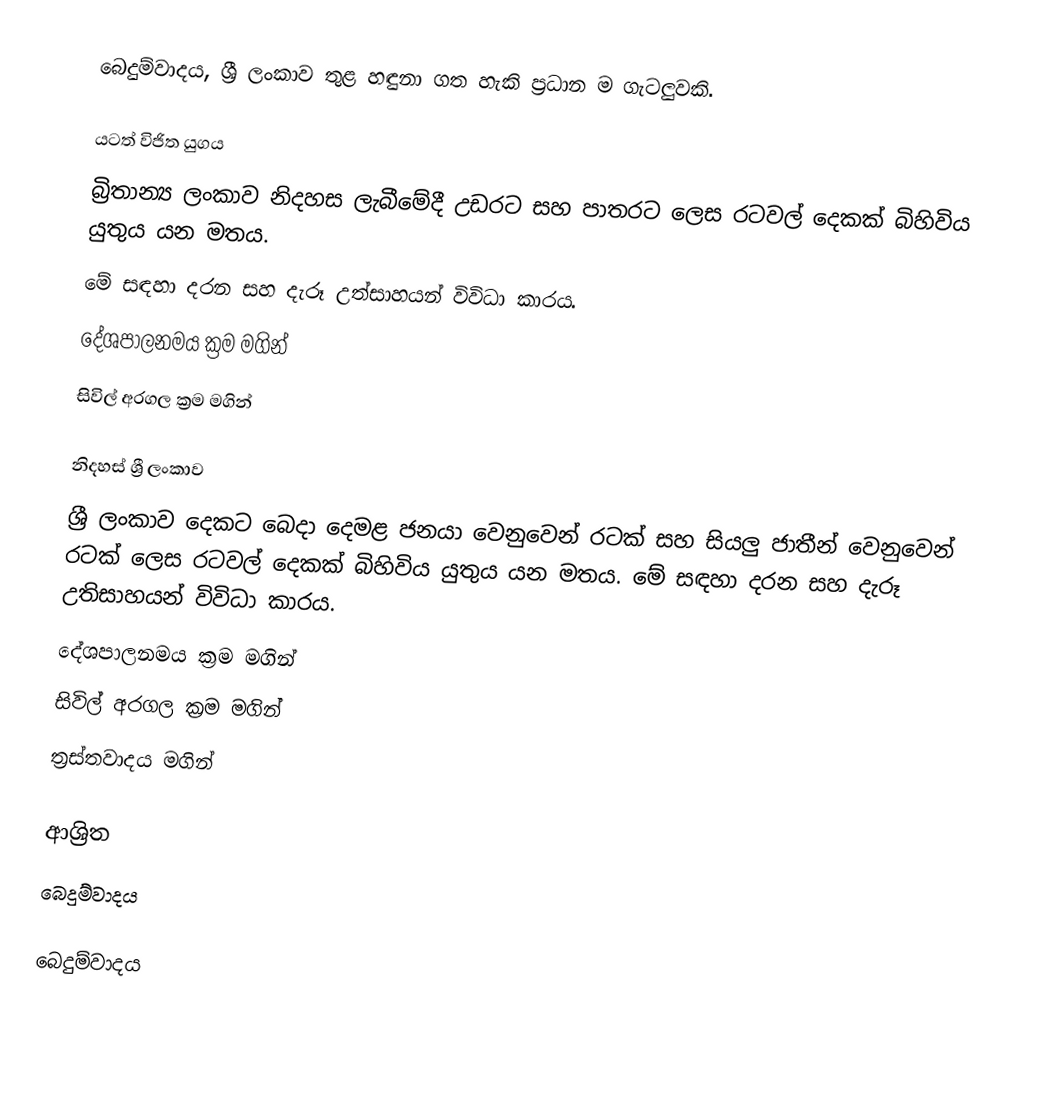
බෙදුම්වාදය, ශ්‍රී ලංකාව තුළ හඳුනා ගත හැකි ප්‍රධාන ම ගැටලුවකි.

යටත් විජිත යුගය
බ්‍රිතාන්‍ය ලංකාව නිදහස ලැබීමේදී උඩරට සහ පාතරට ලෙස රටවල් දෙකක් බිහිවිය යුතුය යන මතය.
මේ සඳහා දරන සහ දැරූ උත්සාහයන් විවිධා කාරය.
 දේශපාලනමය ක්‍රම මගින්
 සිවිල් අරගල  ක්‍රම මගින්

නිදහස් ශ්‍රී ලංකාව
ශ්‍රී ලංකාව දෙකට බෙදා දෙමළ ජනයා වෙනුවෙන් රටක් සහ සියලු ජාතීන් වෙනුවෙන් රටක් ලෙස රටවල් දෙකක් බිහිවිය යුතුය යන මතය. මේ සඳහා දරන සහ දැරූ උතිසාහයන් විවිධා කාරය.
 දේශපාලනමය ක්‍රම මගින්
 සිවිල් අරගල  ක්‍රම මගින්
 ත්‍රස්තවාදය මගින්

ආශ්‍රිත
 බෙදුම්වාදය

බෙදුම්වාදය